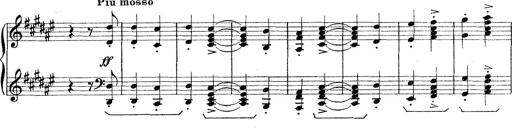
Title: Rapsodie: 19 ungheresi, 1 spagnuola
Composer: Franz Liszt